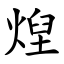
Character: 㷐